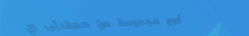
أروع مجموعة من الحقائب ال